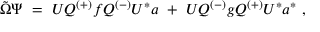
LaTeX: { \tilde { \Omega } } \Psi \ = \ U Q ^ { ( + ) } f Q ^ { ( - ) } U ^ { * } a \ + \ U Q ^ { ( - ) } g Q ^ { ( + ) } U ^ { * } a ^ { * } \ ,